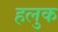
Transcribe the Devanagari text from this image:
हलुक